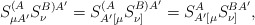
\begin{align*}S_{\mu A^{\prime }}^{(A}S_{\nu }^{B)A^{\prime }}=S_{A^{\prime }[\mu}^{(A}S_{\nu ]}^{B)A^{\prime }}=S_{A^{\prime }[\mu }^{A}S_{\nu]}^{BA^{\prime }}, \end{align*}